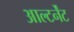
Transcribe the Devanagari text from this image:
आल्टर्नेंट